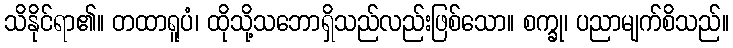
သိနိုင်ရာ၏။ တထာရူပံ၊ ထိုသို့သဘောရှိသည်လည်းဖြစ်သော။ စက္ခု၊ ပညာမျက်စိသည်။